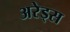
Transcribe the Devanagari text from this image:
अरेड्स